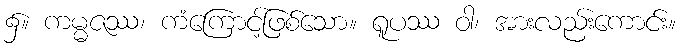
၌။ ကမ္မဇဿ၊ ကံကြောင့်ဖြစ်သော။ ရူပဿ ဝါ၊ အားလည်းကောင်း။